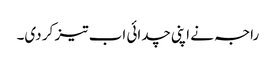
راجہ نے اپنی چدائی اب تیز کر دی۔